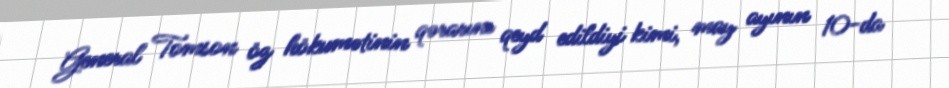
General Tomson öz hökumətinin qərarını qeyd edildiyi kimi, may ayının 10-da